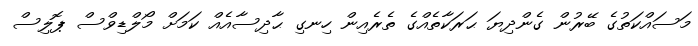
މަސައްކަތުގެ ބޭރުން ގެންދިޔަ ޙަރަކާތެއްގެ ތެރެއިން ހިނގި ޙާދިސާއެއް ކަމަށް މޯލްޑިވްސް ޕޮލިސް